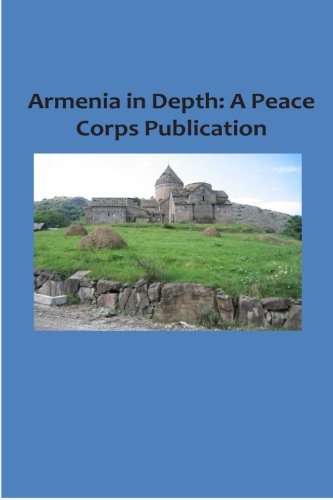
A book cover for Armenia in Depth: A Peace Corps Publication; Peace Corps; Travel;